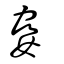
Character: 姭